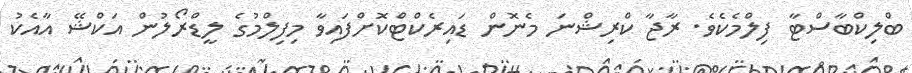
ބްލިކްބާސްޓާ ފިލްމެކެެވެ. ރާޖާ ކްރިޝްނަ މެނޮން ޑައިރެކްޓްކޮށްފައިވާ މިފިލްމުގެ ލީޑްރޯލުން އަކްޝޭ އާއެކު